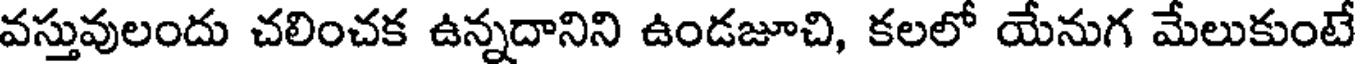
వస్తువులందు చలించక ఉన్నదానిని ఉండజూచి, కలలో యేనుగ మేలుకుంటే